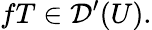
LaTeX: fT\in{\mathcal{D}}^{\prime}(U).